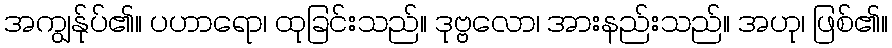
အကျွန်ုပ်၏။ ပဟာရော၊ ထုခြင်းသည်။ ဒုဗ္ဗလော၊ အားနည်းသည်။ အဟု၊ ဖြစ်၏။